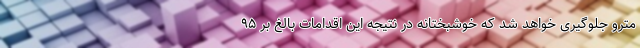
مترو جلوگیری خواهد شد که خوشبختانه در نتیجه این اقدامات بالغ بر ۹۵